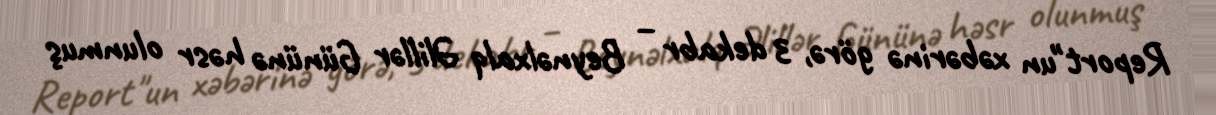
Report"un xəbərinə görə, 3 dekabr – Beynəlxalq Əlillər Gününə həsr olunmuş